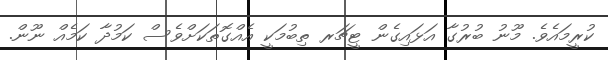
ކުރީމައެވެ. މޫނު ބުރުގާ އަޅައިގެން ޓީޗަރ ތިބުމަކީ އެއްގޮތަކަށްވެސް ކަމުދާ ކަމެއް ނޫން.